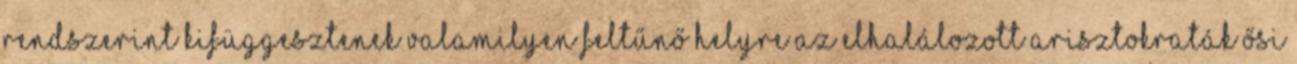
rendszerint kifüggesztenek valamilyen feltűnő helyre az elhalálozott arisztokraták ősi